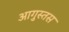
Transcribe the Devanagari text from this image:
आगुस्तस